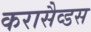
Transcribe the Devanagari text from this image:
करासैव्डस